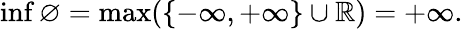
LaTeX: \operatorname*{inf}\varnothing=\operatorname*{max}(\{ -\infty,+\infty\} \cup\mathbb{R})=+\infty.